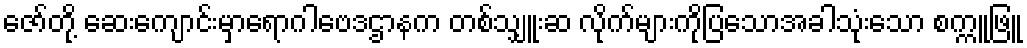
ဇော်တို့ ဆေးကျောင်းမှာရောဂါဗေဒဌာနက တစ်သျှူးဆ လိုက်များကိုပြသောအခါသုံးသော စက္ကူဖြူ